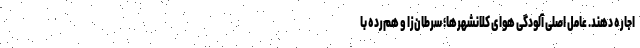
اجاره دهند. عامل اصلی آلودگی هوای کلانشهرها؛ سرطان‌زا و هم‌رده با